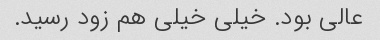
عالی بود. خیلی خیلی هم زود رسید.